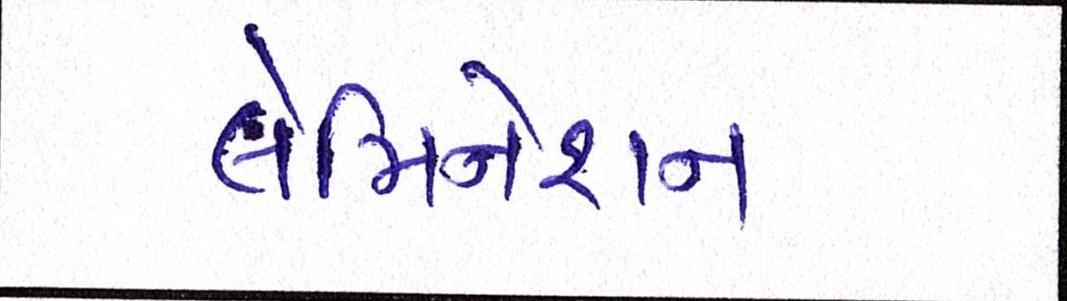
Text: લેમિનેશન